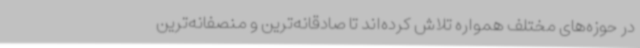
در حوزه‌های مختلف همواره تلاش کرده‌اند تا صادقانه‌ترین و منصفانه‌ترین